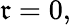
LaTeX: \mathfrak{r}=0,